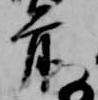
前